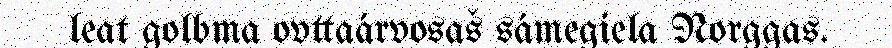
leat golbma ovttaárvosaš sámegiela Norggas.